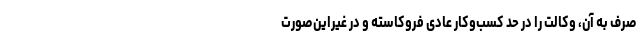
صرف به آن، وکالت را در حد کسب‌وکار عادی فروکاسته و در غیر‌این‌صورت